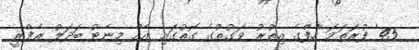
45' ފުރަތަމަ ހާފްގެ އިތުރު ވަގުތުގެ ގޮތުގައި އެއް މިނެޓު ބަދަލު ރެފްރީ